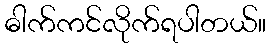
ဓါက်ကင်လိုက်ရပါတယ်။